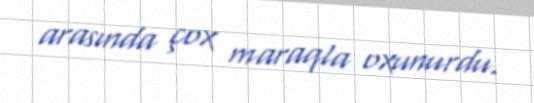
arasında çox maraqla oxunurdu.